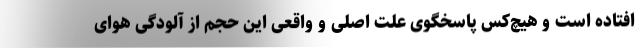
افتاده است و هیچ‌کس پاسخگوی علت اصلی و واقعی این حجم از آلودگی هوای